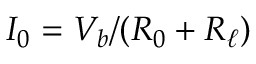
I _ { 0 } = V _ { b } / ( R _ { 0 } + R _ { \ell } )